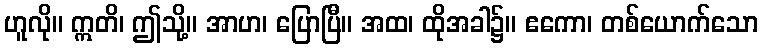
ဟူလို။ ဣတိ၊ ဤသို့။ အာဟ၊ ပြောပြီ။ အထ၊ ထိုအခါ၌။ ဧကော၊ တစ်ယောက်သော